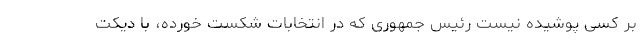
بر کسی پوشیده نیست رئیس جمهوری که در انتخابات شکست خورده، با دیکت